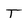
Character: T